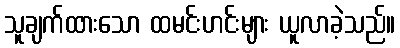
သူချက်ထားသော ထမင်းဟင်းများ ယူလာခဲ့သည်။